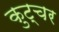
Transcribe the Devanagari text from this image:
कुट्चर